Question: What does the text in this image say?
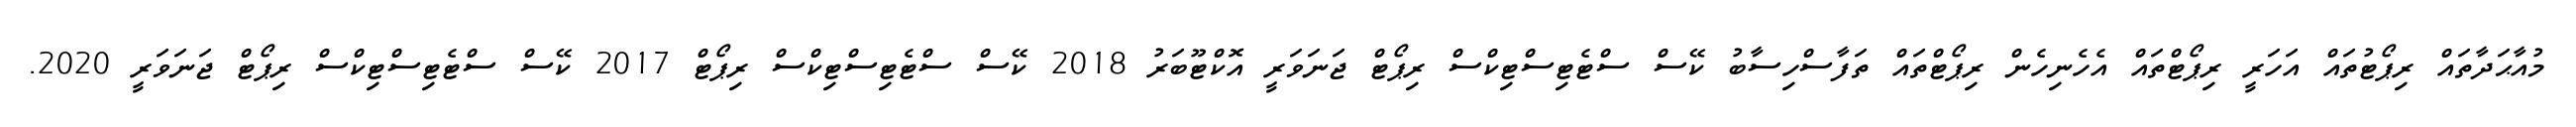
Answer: މުއާޙަދާތައް ރިޕޯޓުތައް އަހަރީ ރިޕޯޓްތައް އެހެނިހެން ރިޕޯޓްތައް ތަފާސްހިސާބު ކޭސް ސްޓެޓިސްޓިކްސް ރިޕޯޓް ޖަނަވަރީ އޮކްޓޫބަރު 2018 ކޭސް ސްޓެޓިސްޓިކްސް ރިޕޯޓް 2017 ކޭސް ސްޓެޓިސްޓިކްސް ރިޕޯޓް ޖަނަވަރީ 2020.